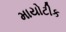
માયોટીક